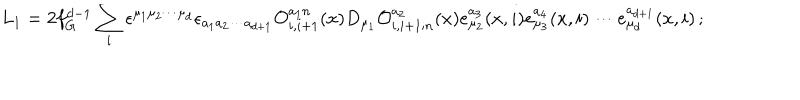
LaTeX: L _ { 1 } = 2 f _ { G } ^ { d - 1 } \sum _ { i } \epsilon ^ { \mu _ { 1 } \mu _ { 2 } \cdots \mu _ { d } } \epsilon _ { a _ { 1 } a _ { 2 } \cdots a _ { d + 1 } } { \cal O } _ { i , i + 1 } ^ { a _ { 1 } n } ( x ) D _ { \mu _ { 1 } } { \cal O } _ { i , i + 1 ; n } ^ { a _ { 2 } } ( x ) e _ { \mu _ { 2 } } ^ { a _ { 3 } } ( x , i ) e _ { \mu _ { 3 } } ^ { a _ { 4 } } ( x , i ) \cdots e _ { \mu _ { d } } ^ { a _ { d + 1 } } ( x , i ) \, ;